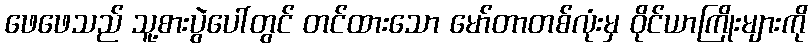
ဖေဖေသည် သူ့စားပွဲပေါ်တွင် တင်ထားသော မော်တာတစ်လုံးမှ ဝိုင်ယာကြိုးများကို